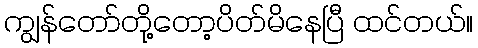
ကျွန်တော်တို့တော့ပိတ်မိနေပြီ ထင်တယ်။